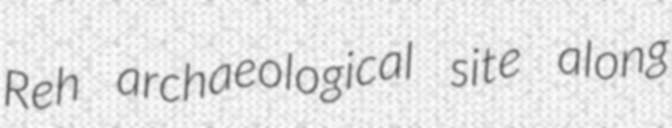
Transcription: Reh archaeological site along